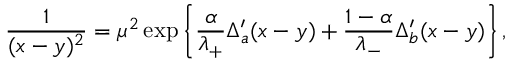
\frac { 1 } { ( x - y ) ^ { 2 } } = \mu ^ { 2 } \exp \left\{ \frac { \alpha } { \lambda _ { + } } \Delta _ { a } ^ { \prime } ( x - y ) + \frac { 1 - \alpha } { \lambda _ { - } } \Delta _ { b } ^ { \prime } ( x - y ) \right\} ,